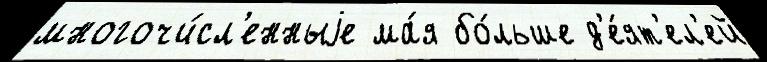
многочи́сл'енныjе ма́я бо́льше д'е́ят'ел'ей